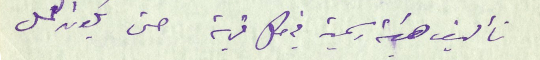
تأليف هيئة رسمية في كل قرية حتى يكون العمل